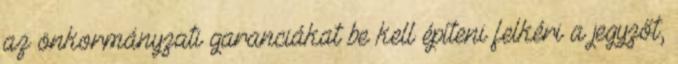
az önkormányzati garanciákat be kell építeni felkéri a jegyzőt,